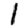
Digit: 1